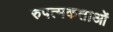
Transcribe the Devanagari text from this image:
रुपत्मकताओं